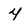
Character: 4